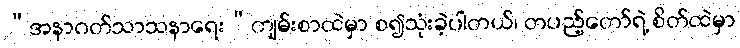
“အနာဂတ်သာသနာရေး”ကျမ်းစာထဲမှာ စ၍သုံးခဲ့ပါတယ်၊ တပည့်တော်ရဲ့ စိတ်ထဲမှာ